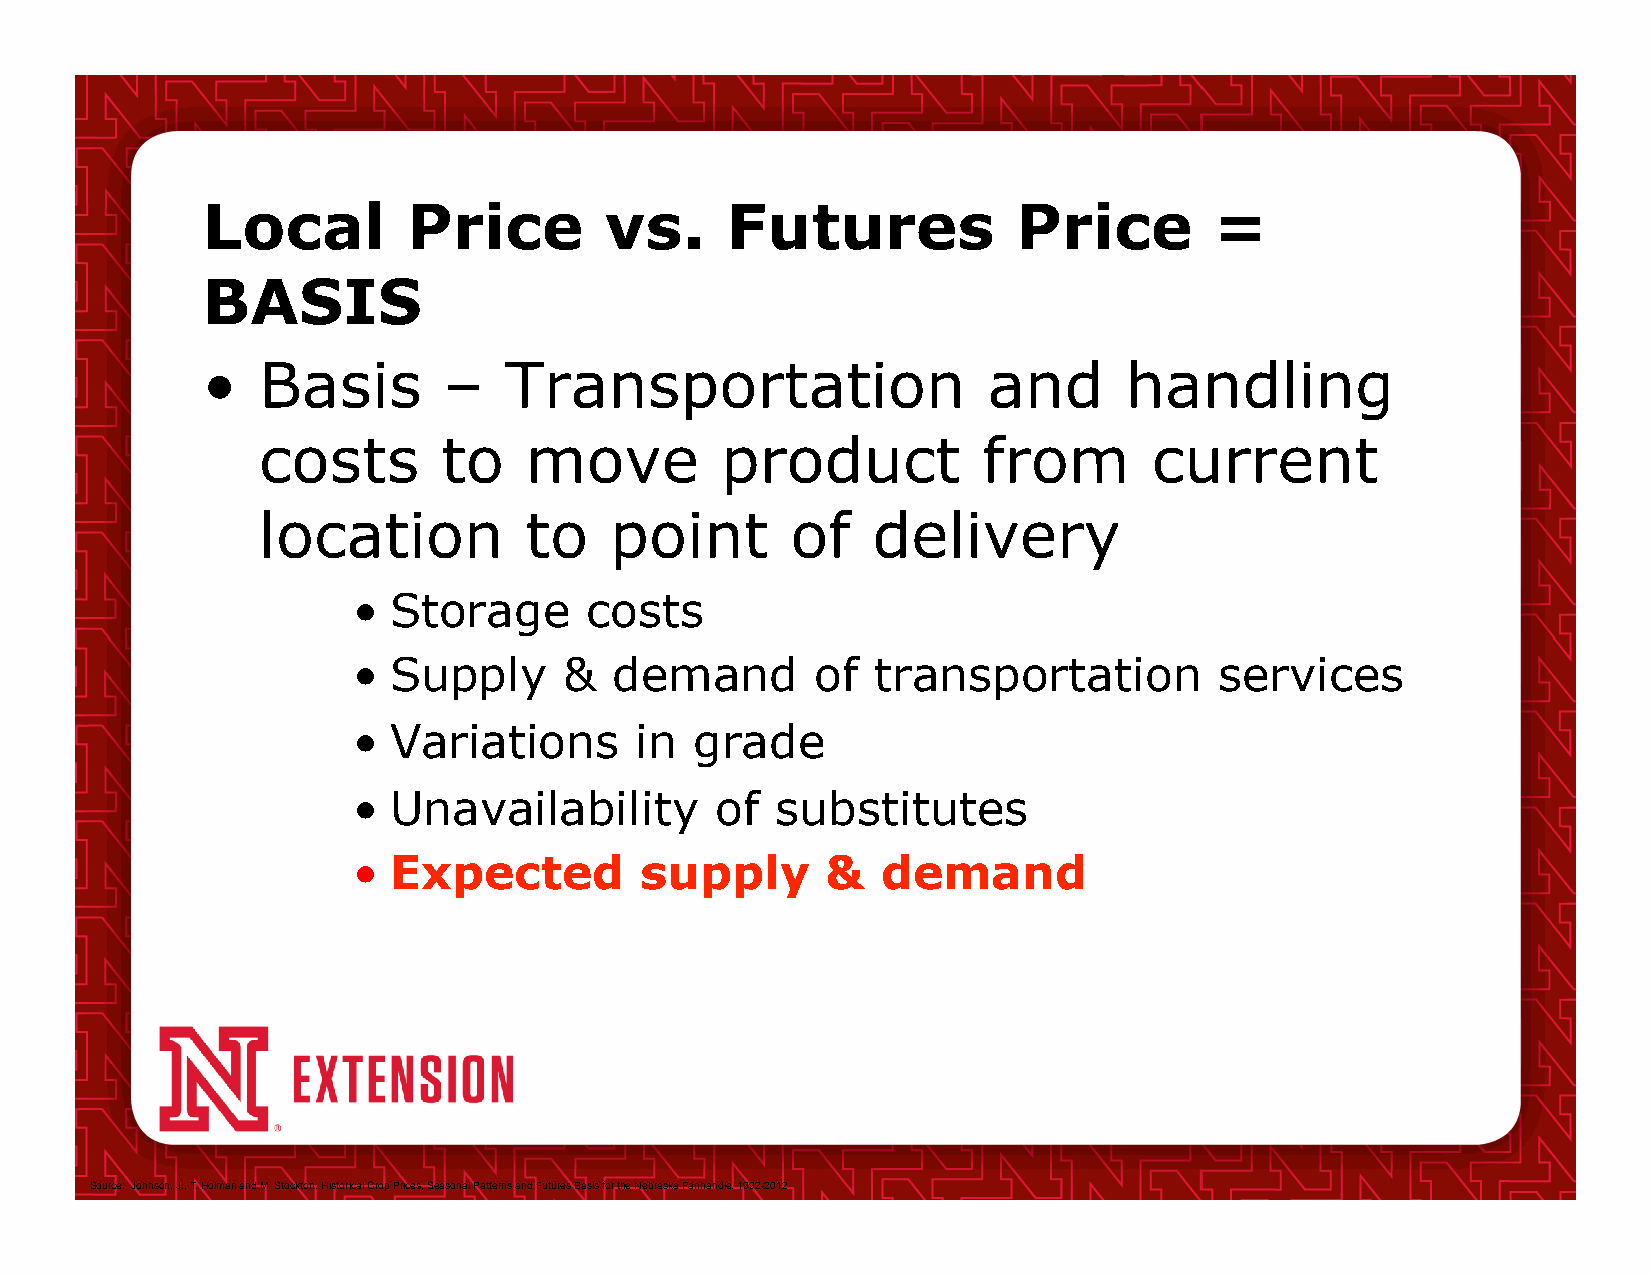
Local         Price        vs.     Futures            Price        =
 BASIS
 •   Basis       –   Transportation                  and      handling
 costs       to    move         product          from       current
 location          to   point       of    delivery
 •  Storage      costs
 •  Supply     &   demand       of  transportation         services
 •  Variations      in  grade
 •  Unavailability       of  substitutes
 •  Expected        supply       &  demand
 Source: Johnson, J., T. Holman and M. Stockton. Historical Crop Prices, Seasonal Patterns and Futures Basis for the Nebraska Panhandle. 1992-2012